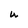
Character: U